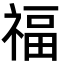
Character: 福